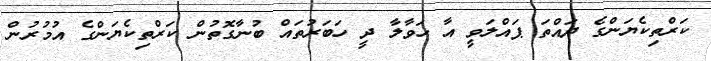
ކަރްތިކެޔަންގެ ދައްތަ ޕައްލަވީ އާ ހަވާލާ ދީ ހަބަރުތައް ބުނާގޮތުން ކަރްތިކެޔަންގެ އުމުރުން